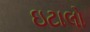
ઇટાલો